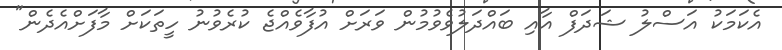
އެކަމަކު އަސްލު ޝަދަފް އާއި ބައްދަލުވެވުމުން ވަރަށް އުފާވެއްޖެ ކުރެވުނު ހީތަކަށް މާފަށްއެދެން"